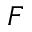
F